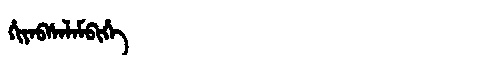
Manchu: ᡥᡳᠶᠠᠪᠰᠠᠯᠠᠮᠪᡳᡥᡝ
Romanization: HIYABSALAMBIHE